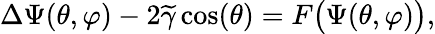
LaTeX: \Delta\Psi(\theta,\varphi)-2\widetilde{\gamma}\cos(\theta)=F\big(\Psi(\theta,\varphi)\big),